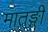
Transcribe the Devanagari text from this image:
मातङ्गी